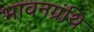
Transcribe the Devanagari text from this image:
भावनग्रंथि